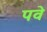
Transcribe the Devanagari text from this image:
पवे